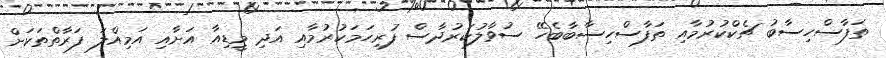
ތަފާސްހިސާބު ޗެކްކުރުމާއި ތަފާސްހިސާބާބެހޭ ސުވާލުކަރުދާސް ފުރިހަމަކުރުމާއި އަދި މީޑިއާ އަށާއި އަމިއްލަ ފަރާތްތަކަށް